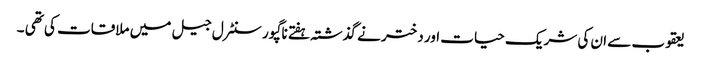
یعقوب سے ان کی شریک حیات اور دختر نے گذشتہ ہفتے ناگپور سنٹرل جیل میں ملاقات کی تھی ۔